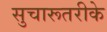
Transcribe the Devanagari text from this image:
सुचारूतरीके